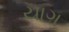
યાગ